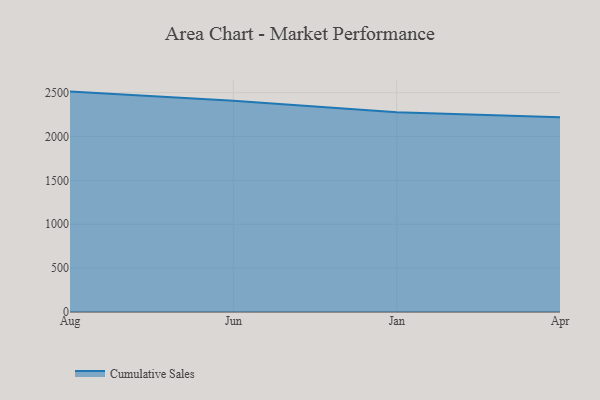
{"axis": {"x": "Month", "y": "Active Users"}, "legend": ["Cumulative Sales"], "data": [{"x": "Aug", "y": 2511.7, "type": "Cumulative Sales"}, {"x": "Jun", "y": 2408.2, "type": "Cumulative Sales"}, {"x": "Jan", "y": 2277.2, "type": "Cumulative Sales"}, {"x": "Apr", "y": 2220.8, "type": "Cumulative Sales"}]}